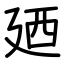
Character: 廼